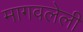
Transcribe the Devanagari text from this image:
मागवलेली